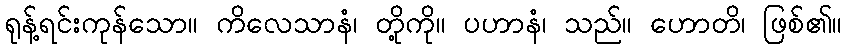
ရုန့်ရင်းကုန်သော။ ကိလေသာနံ၊ တို့ကို။ ပဟာနံ၊ သည်။ ဟောတိ၊ ဖြစ်၏။